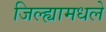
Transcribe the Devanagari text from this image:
जिल्ह्यामधले